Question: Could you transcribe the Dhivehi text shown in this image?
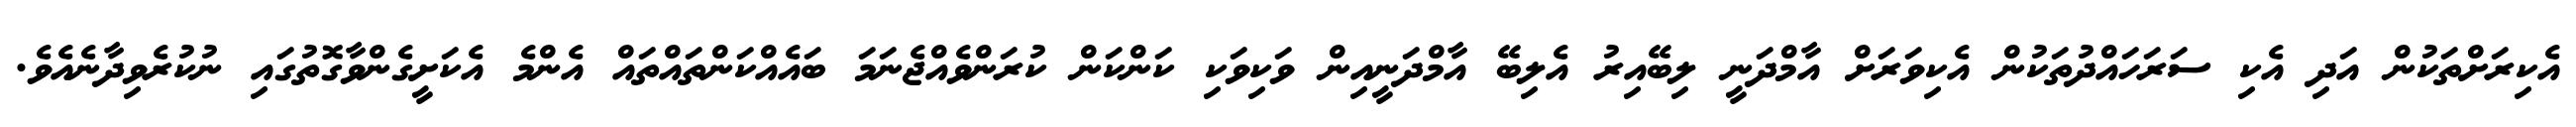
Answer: އެކިރަށްތަކުން އަދި އެކި ސަރަހައްދުތަކުން އެކިވަރަށް އާމްދަނީ ލިބޭއިރު އެލިބޭ އާމްދަނީއިން ވަކިވަކި ކަންކަން ކުރަންވެއްޖެނަމަ ބައެއްކަންތައްތައް އެންމެ އެކަށީގެންވާގޮތުގައި ނުކުރެވިދާނެއެވެ.